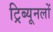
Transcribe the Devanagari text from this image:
ट्रिब्यूनलों